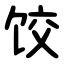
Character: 饺